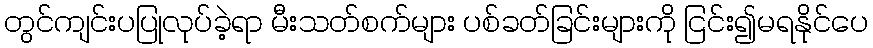
တွင်ကျင်းပပြုလုပ်ခဲ့ရာ မီးသတ်စက်များ ပစ်ခတ်ခြင်းများကို ငြင်း၍မရနိုင်ပေ